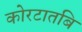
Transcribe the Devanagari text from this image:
कोरटातबि